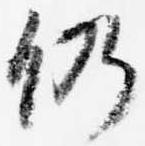
仍